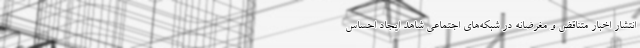
انتشار اخبار متناقض و مغرضانه در شبکه‌های اجتماعی شاهد ایجاد احساس